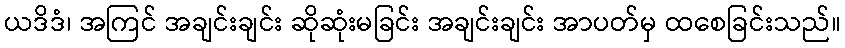
ယဒိဒံ၊ အကြင် အချင်းချင်း ဆိုဆုံးမခြင်း အချင်းချင်း အာပတ်မှ ထစေခြင်းသည်။